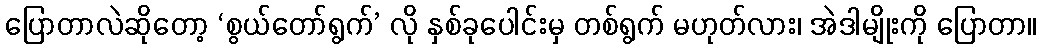
ပြောတာလဲဆိုတော့ ‘စွယ်တော်ရွက်’ လို နှစ်ခုပေါင်းမှ တစ်ရွက် မဟုတ်လား၊ အဲဒါမျိုးကို ပြောတာ။